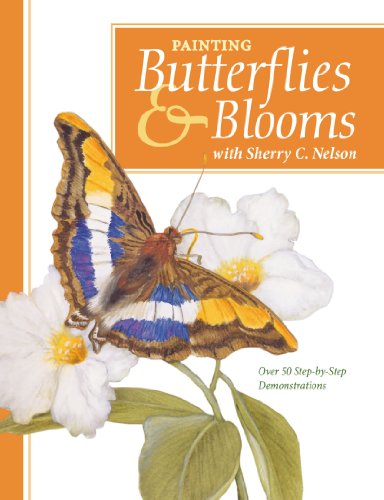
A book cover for Painting Butterflies & Blooms with Sherry C. Nelson; Sherry C. Nelson; Arts & Photography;